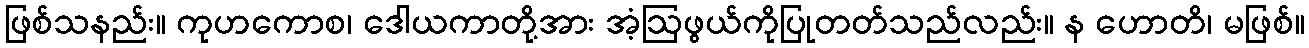
ဖြစ်သနည်း။ ကုဟကောစ၊ ဒေါယကာတို့အား အံ့ဩဖွယ်ကိုပြုတတ်သည်လည်း။ န ဟောတိ၊ မဖြစ်။